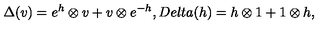
\Delta ( v ) = e ^ { h } \otimes v + v \otimes e ^ { - h } , D e l t a ( h ) = h \otimes 1 + 1 \otimes h ,